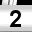
Digit: 2